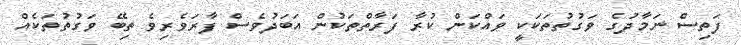
ފަތިސް ނަމާދުގެ ވަގުތުތަކަކީ ވައްކަން ކުރާ ފަރާތްތަކުން އަބަދުވެސް ފާރަވެރިވެ ތިބޭ ވަގުތުތަކެއް